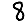
Digit: 8